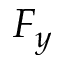
F _ { y }